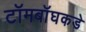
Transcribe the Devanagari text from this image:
टॉमबॉघकडे